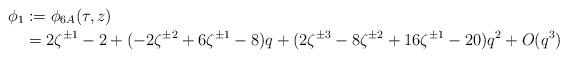
LaTeX: \begin{align*} \phi_1 &:= \phi_{6A}(\tau, z) \\ &= 2 \zeta^{\pm 1} - 2 + (-2 \zeta^{\pm 2} + 6 \zeta^{\pm 1} - 8) q + (2 \zeta^{\pm 3} - 8 \zeta^{\pm 2} + 16 \zeta^{\pm 1} - 20) q^2 + O(q^3) \end{align*}